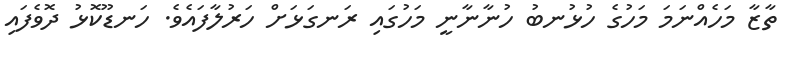
ތާޒާ މަހެއްނަމަ މަހުގެ ހުޅުނބު ހުނާނާނީ މަހުގައި ރަނގަޅަށް ހަރުލާފައެވެ. ހަނޑޫކޮޅު ދޮވެފައި